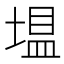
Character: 𪤂